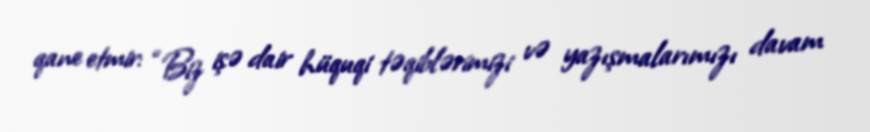
qane etmir: “Biz işə dair hüquqi təqiblərimizi və yazışmalarımızı davam